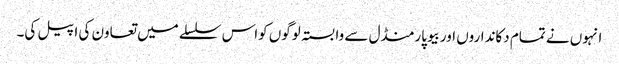
انہوں نے تمام دکانداروں اوربیوپارمنڈل سے وابستہ لوگوں کواس سلسلے میں تعاون کی اپیل کی۔